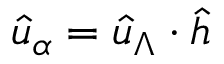
\hat { u } _ { \alpha } = \hat { u } _ { \Lambda } \cdot \hat { h }